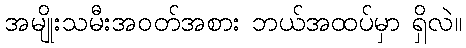
အမျိုးသမီးအဝတ်အစား ဘယ်အထပ်မှာ ရှိလဲ။